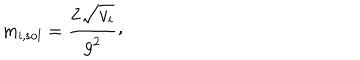
m _ { \mathrm { i , s o l } } = { \frac { 2 \sqrt { \mathstrut v _ { i } } } { g ^ { 2 } } } \raise 2 p t \mathrm { , }